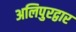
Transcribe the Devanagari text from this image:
अलिपुरद्वार